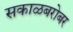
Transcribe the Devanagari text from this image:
सकाळबरोबर